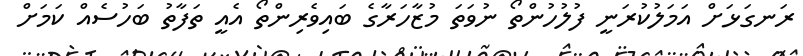
ރަނގަޅަށް އަމަލުކުރަނީ ފުލުހުންތޯ ނުވަތަ މުޒާހަރާގެ ބައިވެރިންތޯ އެއީ ތަފާތު ބަހުސެއް ކަމަށް